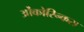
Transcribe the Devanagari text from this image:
ओंकोरिन्कस